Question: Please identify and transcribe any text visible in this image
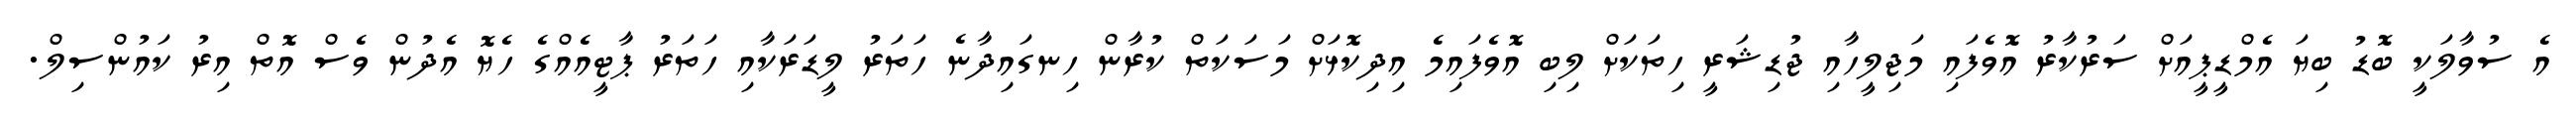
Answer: އެ ސުވާލަކީ ބޮޑު ބިޔަ އެމްޑީޕީއަށް ސަރުކާރު އޮވެފައި މަޖިލީހާއި ޖުޑިޝަރީ ހިތަކަށް ލިބި އޮވެފައިމެ އިދިކޮޅަށް މަސަކަތް ކުރާން ހިނގައިދާނެ ހަތަރު ލީޑަރަކާއި ހަތަރު ޕާޓީއެއްގެ ހެޔޮ އެދުން ވެސް އޮތް އިރު ކައުންސިލް.